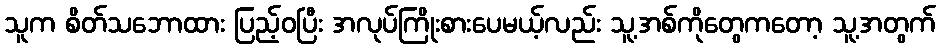
သူက စိတ်သဘောထား ပြည့်ဝပြီး အလုပ်ကြိုးစားပေမယ့်လည်း သူ့အစ်ကိုတွေကတော့ သူ့အတွက်